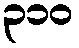
၃၁၀